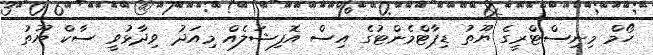
ހޯމް މިނިސްޓްރީގެ ޔޫތު ޑިޕާޓްމެންޓުގެ އިސް އޮފިޝަލެއް މިއަދު ވިދާޅުވީ ސާކް ޔޫތު